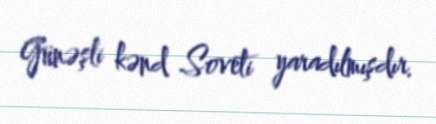
Günəşli kənd Soveti yaradılmışdır.